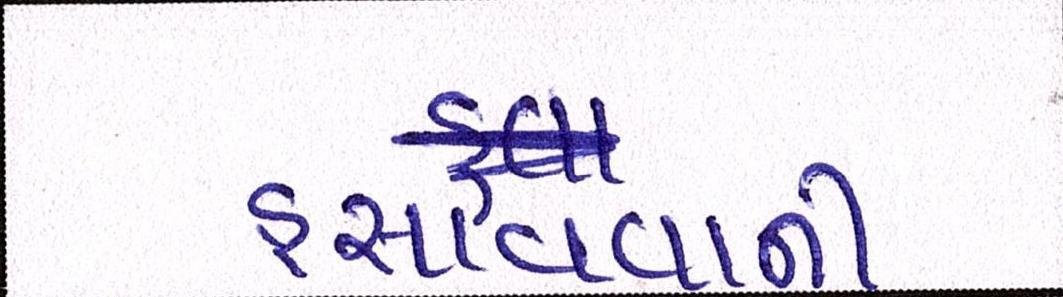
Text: હસાવવાની